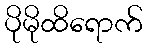
ပိုမိုထိရောက်